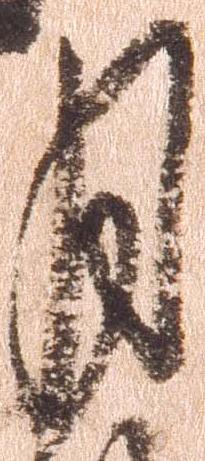
月